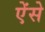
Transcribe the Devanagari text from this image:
ऐंसे